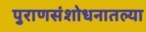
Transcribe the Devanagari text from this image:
पुराणसंशोधनातल्या